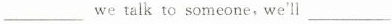
___ we talk to someone，we'll ___